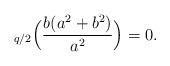
LaTeX: \begin{align*}_{q/2}\Bigl(\frac{b(a^2+b^2)}{a^2} \Bigr)=0.\end{align*}